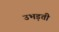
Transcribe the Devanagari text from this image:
उभड़ती